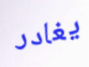
يغادر